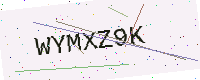
Text: WYMXZ9K